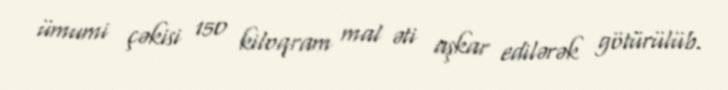
ümumi çəkisi 150 kiloqram mal əti aşkar edilərək götürülüb.